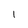
Character: l